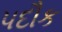
પદૌક